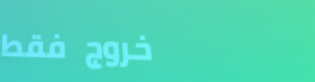
خروج فقط